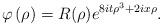
LaTeX: \begin{align*}\varphi\left( \rho\right) =R(\rho)e^{8it\rho^{3}+2ix\rho}.\end{align*}